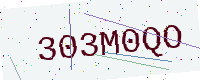
Text: 303M0QO